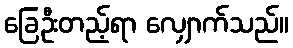
ခြေဦးတည့်ရာ လျှောက်သည်။